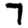
Digit: 7